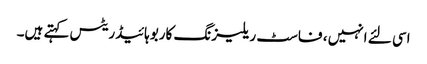
اسی لئے انہیں ، فاسٹ ریلیزنگ کاربوہائیڈریٹس کہتے ہیں۔